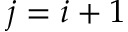
j = i + 1